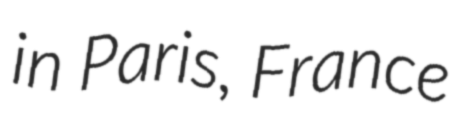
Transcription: in Paris, France